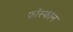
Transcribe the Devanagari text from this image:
फॉस्फीन